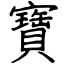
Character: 寶